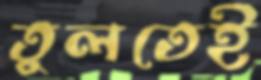
তুলতেই